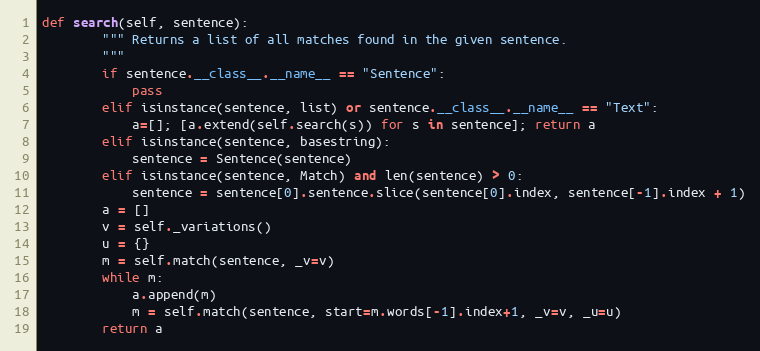
Language: Python
def search(self, sentence):
        """ Returns a list of all matches found in the given sentence.
        """
        if sentence.__class__.__name__ == "Sentence":
            pass
        elif isinstance(sentence, list) or sentence.__class__.__name__ == "Text":
            a=[]; [a.extend(self.search(s)) for s in sentence]; return a
        elif isinstance(sentence, basestring):
            sentence = Sentence(sentence)
        elif isinstance(sentence, Match) and len(sentence) > 0:
            sentence = sentence[0].sentence.slice(sentence[0].index, sentence[-1].index + 1)
        a = []
        v = self._variations()
        u = {}
        m = self.match(sentence, _v=v)
        while m:
            a.append(m)
            m = self.match(sentence, start=m.words[-1].index+1, _v=v, _u=u)
        return a